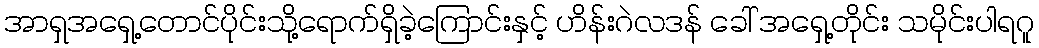
အာရှအရှေ့တောင်ပိုင်းသို့ရောက်ရှိခဲ့ကြောင်းနှင့် ဟိန်းဂဲလဒန် ခေါ် အရှေ့တိုင်း သမိုင်းပါရဂူ